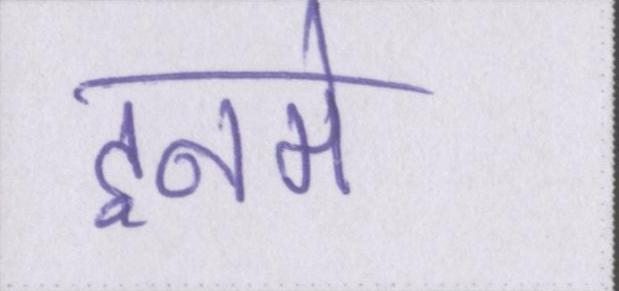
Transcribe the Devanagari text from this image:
इनमे